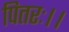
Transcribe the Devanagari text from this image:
पितरः।।